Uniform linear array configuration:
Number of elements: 32
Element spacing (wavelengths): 0.75
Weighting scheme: uniform
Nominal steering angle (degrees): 30
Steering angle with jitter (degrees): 30.055
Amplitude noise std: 0.05
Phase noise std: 0.05

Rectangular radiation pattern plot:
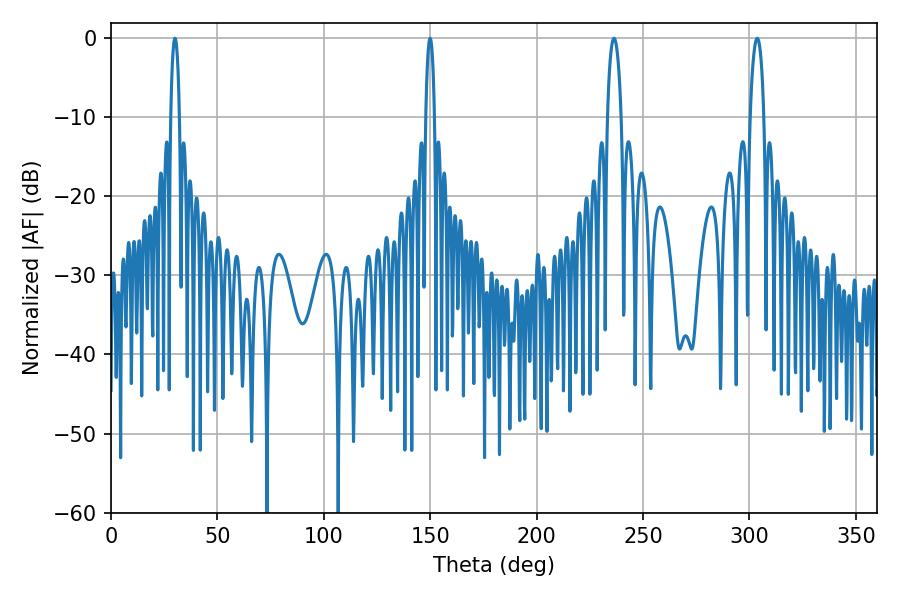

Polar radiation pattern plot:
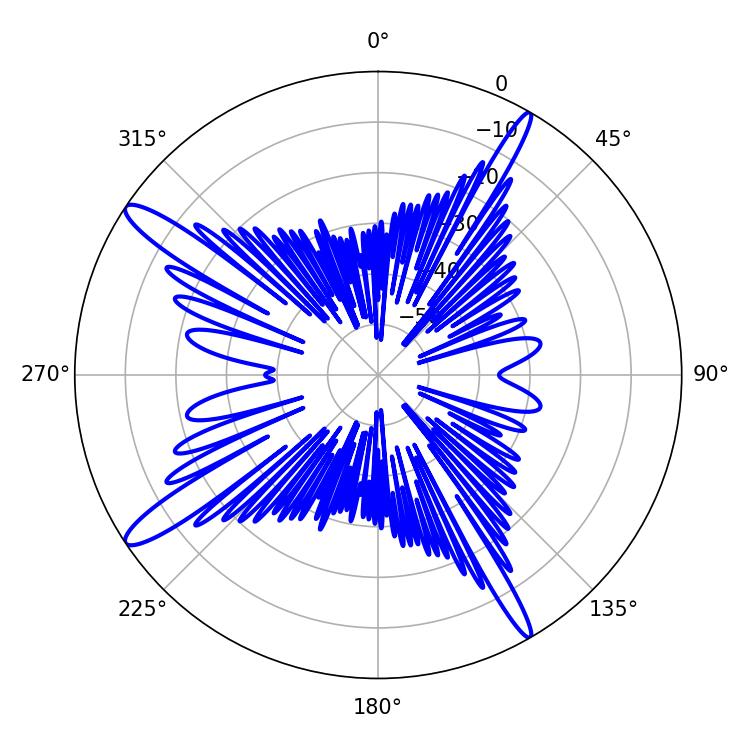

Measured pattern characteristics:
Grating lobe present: TRUE
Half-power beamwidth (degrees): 2.16
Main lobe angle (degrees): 30.06